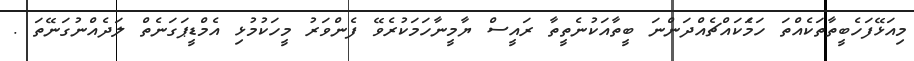
މިއަޅޭފަހެބީތާތަކެއްތަ ހަމަެކައްޗެއްދަންނަ ބީތާއަކުނެތީތާ ރައީސް ޔާމީނާހަމަކުރެވޭ ފެންވަރު މީހަކުމުޅި އެމްޑީޕަގަނެތް ލަދެއްނުގަނޭތަ .